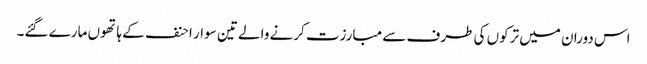
اس دوران میں ترکوں کی طرف سے مبارزت کرنے والے تین سوار احنف کے ہاتھوں مارے گئے۔